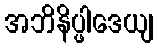
အဘိနိပ္ဖါဒေယျ